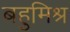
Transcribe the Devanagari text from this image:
बहुमिश्र